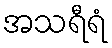
အသရီရံ